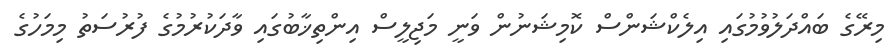
މިރޭގެ ބައްދަލުވުމުގައި އިލެކްޝަންސް ކޮމިޝަނުން ވަނީ މަޖިލީސް އިންތިޚާބުގައި ވާދަކުރުމުގެ ފުރުސަތު މިމަހުގެ